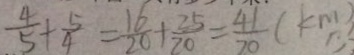
\frac { 4 } { 5 } + \frac { 5 } { 4 } = \frac { 1 6 } { 2 0 } + \frac { 2 5 } { 2 0 } = \frac { 4 1 } { 2 0 } ( k m )